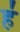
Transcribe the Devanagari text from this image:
ह॑